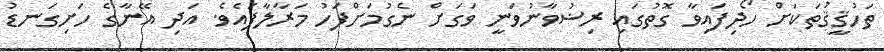
ތަހުޤީޤުތަކަށް ހޯދިފައިވާ ގޮތުގައި ރިޟުވާނުވަނީ ވަގަށް ނެގުމަށްފަހު މަރާލާފައެވެ. އަދި އޭނާގެ ހަށިގަނޑު